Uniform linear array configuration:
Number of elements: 16
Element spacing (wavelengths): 0.25
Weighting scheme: hann
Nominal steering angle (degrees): -60
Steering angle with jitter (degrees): -60.721
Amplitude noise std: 0.05
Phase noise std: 0.05

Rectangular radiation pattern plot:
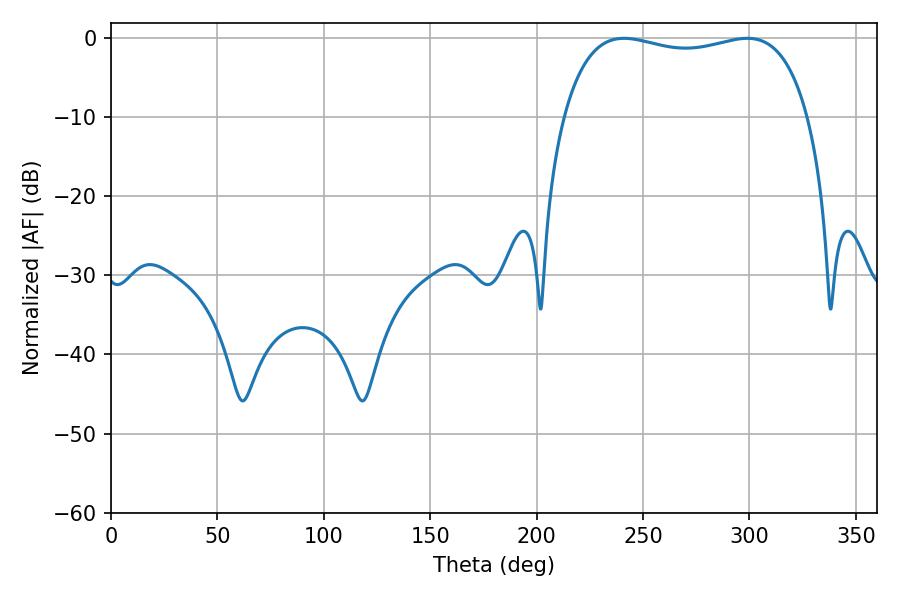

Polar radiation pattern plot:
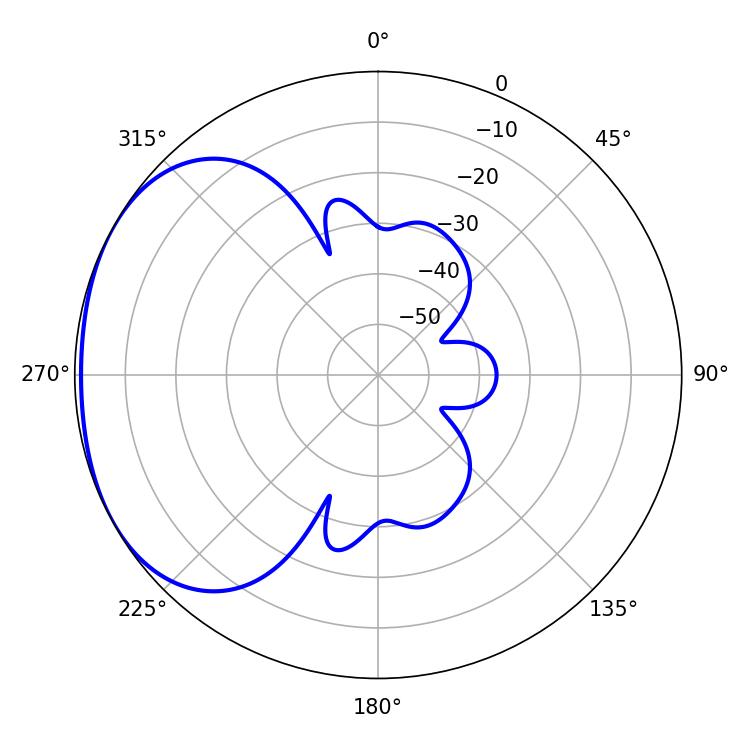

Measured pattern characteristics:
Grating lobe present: FALSE
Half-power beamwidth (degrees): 93.6
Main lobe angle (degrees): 241.02